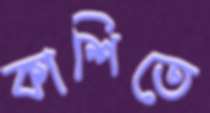
কাশিতে